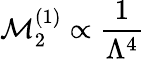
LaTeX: \mathcal{M}_{2}^{(1)}\propto\frac{1}{\Lambda^{4}}